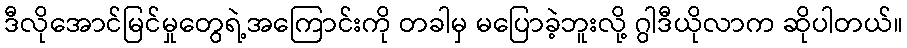
ဒီလိုအောင်မြင်မှုတွေရဲ့အကြောင်းကို တခါမှ မပြောခဲ့ဘူးလို့ ဂွါဒီယိုလာက ဆိုပါတယ်။